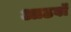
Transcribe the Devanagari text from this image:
आठवॉं